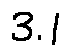
3 . 1